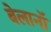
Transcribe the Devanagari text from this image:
बेलानॉ